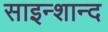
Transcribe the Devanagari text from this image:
साइन्शान्द